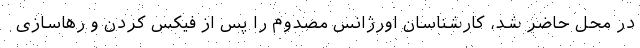
در محل حاضر شد، کارشناسان اورژانس مصدوم را پس از فیکس کردن و رهاسازی